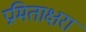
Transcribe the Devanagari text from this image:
प्रमिताक्षरा